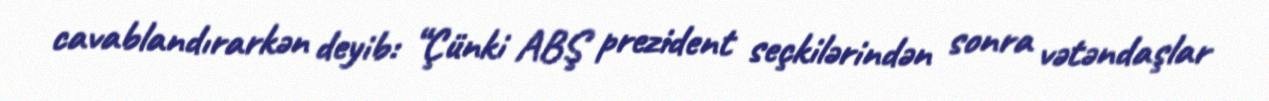
cavablandırarkən deyib: “Çünki ABŞ prezident seçkilərindən sonra vətəndaşlar